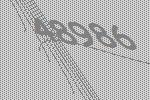
48986